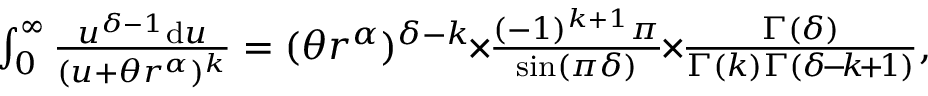
\begin{array} { r } { \int _ { 0 } ^ { \infty } \frac { u ^ { \delta - 1 } \mathrm { d } u } { ( u + \theta r ^ { \alpha } ) ^ { k } } = ( \theta r ^ { \alpha } ) ^ { \delta - k } \! \! \times \! \! \frac { ( - 1 ) ^ { k + 1 } \pi } { \sin ( \pi \delta ) } \! \! \times \! \! \frac { \Gamma ( \delta ) } { \Gamma ( k ) \Gamma ( \delta \! - \! k \! + \! 1 ) } , } \end{array}